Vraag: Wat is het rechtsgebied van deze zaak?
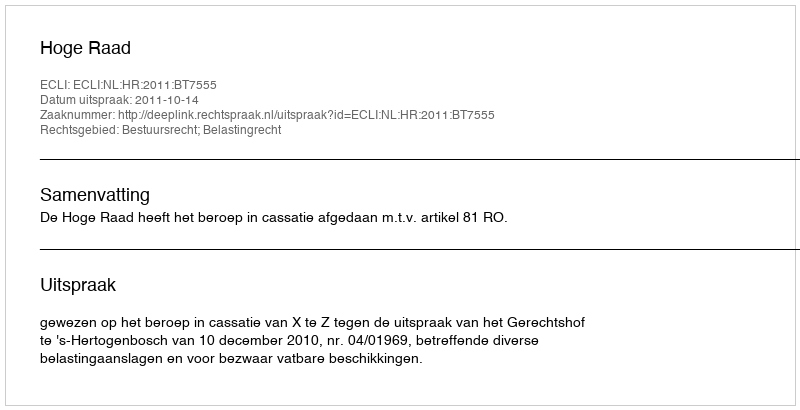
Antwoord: Bestuursrecht; Belastingrecht